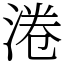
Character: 淃